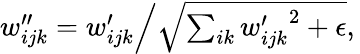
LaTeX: \begin{array}{r}{\left.w_{ijk}^{\prime\prime}=w_{ijk}^{\prime}\middle/\sqrt{\sum_{ik}{w_{ijk}^{\prime}}^{2}+\epsilon},\right.}\end{array}